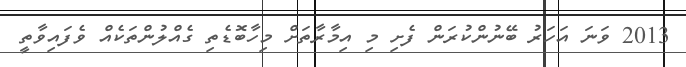
2013 ވަނަ އަހަރު ބޭނުންކުރަން ފެށި މި އިމާރާތަށް މިހާބޮޑެތި ގެއްލުންތަކެއް ވެފައިވާތީ